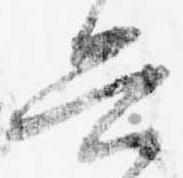
興